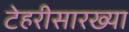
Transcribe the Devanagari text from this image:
टेहरीसारख्या